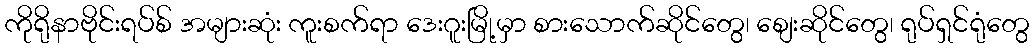
ကိုရိုနာဗိုင်းရပ်စ် အများဆုံး ကူးစက်ရာ ဒေးဂူးမြို့မှာ စားသောက်ဆိုင်တွေ၊ စျေးဆိုင်တွေ၊ ရုပ်ရှင်ရုံတွေ